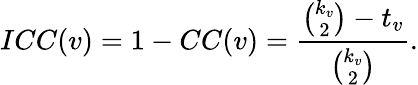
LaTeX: ICC(v)=1-CC(v)=\frac{\binom{k_{v}}{2}-t_{v}}{\binom{k_{v}}{2}}.